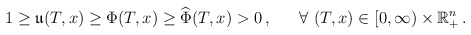
\begin{align*}1\ge \mathfrak{u}(T, x)\ge \Phi(T,x) \ge \widehat{\Phi}(T,x)>0\,,\ \ \ \ \ \forall \ (T, x)\in [0,\infty)\times \mathbb{R}_{+}^n\,.\end{align*}